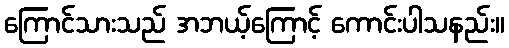
ကြောင်သားသည် အဘယ့်ကြောင့် ကောင်းပါသနည်း။